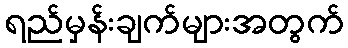
ရည်မှန်းချက်များအတွက်